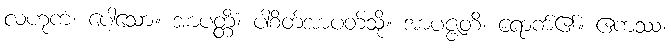
လဟုကံ၊ ပေါ့သော။ အာပတ္တိံ၊ ပါစိတ်အာပတ်သို့။ အာပဇ္ဇတိ၊ ရောက်၏။ ဧကဿ၊